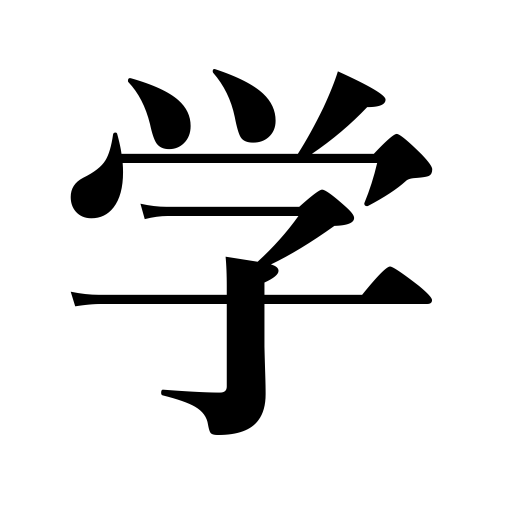
Meanings: learning,learn,scholarship,science,study,erudition